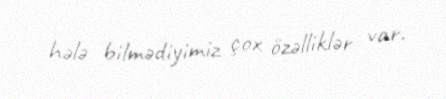
hələ bilmədiyimiz çox özəlliklər var.